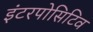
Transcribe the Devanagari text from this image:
इंटरपोसिटिव